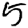
Digit: 5